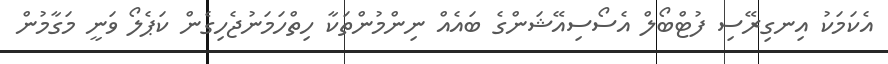
އެކަމަކު އިނގިރޭސި ފުޓްބޯލް އެސޯސިއޭޝަންގެ ބައެއް ނިންމުންތަކާ ހިތްހަމަނުޖެހިގެން ކަޕެލޯ ވަނީ މަގާމުން